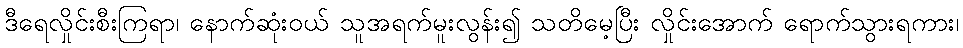
ဒီရေလှိုင်းစီးကြရာ၊ နောက်ဆုံးဝယ် သူအရက်မူးလွန်း၍ သတိမေ့ပြီး လှိုင်းအောက် ရောက်သွားရကား၊